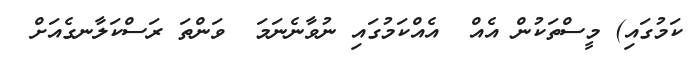
ކަމުގައި) މީސްތަކުން އެއް  އެއްކަމުގައި ނުވާނެނަމަ  ވަންތަ ރަސްކަލާނގެއަށް